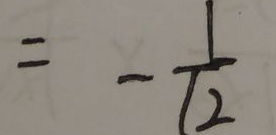
= - \frac { 1 } { 1 2 }